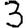
Digit: 3